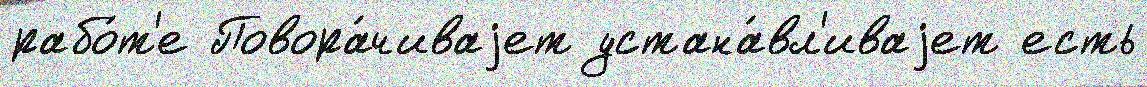
рабо́т'е Повора́чиваjет устана́вл'иваjет есть